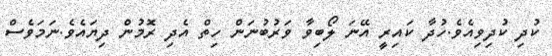
ކުދި ކުދިވިއެވެ.ހުދާ ކައިރީ އޭނަ ލޯބިވާ ވަރުބުނަން ހިތް އެދި ރޮމުން ދިޔައެވެ.ނަމަވެސް